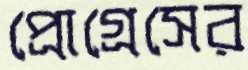
প্রোগ্রেসের